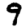
Digit: 9